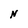
Character: N